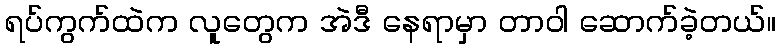
ရပ်ကွက်ထဲက လူတွေက အဲဒီ နေရာမှာ တာဝါ ဆောက်ခဲ့တယ်။